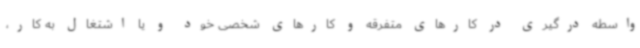
واسطه درگیری در کارهای متفرقه و کارهای شخصی خود و یا اشتغال به کار،